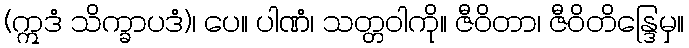
(ဣဒံ သိက္ခာပဒံ)၊ ပေ။ ပါဏံ၊ သတ္တဝါကို။ ဇီဝိတာ၊ ဇီဝိတိန္ဒြေမှ။